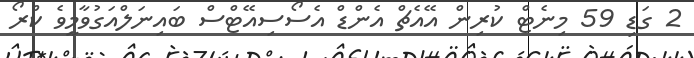
2 ގަޑި 59 މިނެޓް ކުރިން އޭއެޗް އެންޑް އެސޯސިއޭޓްސް ބައިނަލްއަގުވާމީވެ ކްރޯ